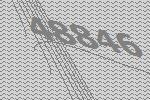
48846